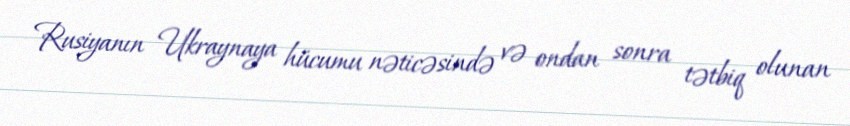
Rusiyanın Ukraynaya hücumu nəticəsində və ondan sonra tətbiq olunan